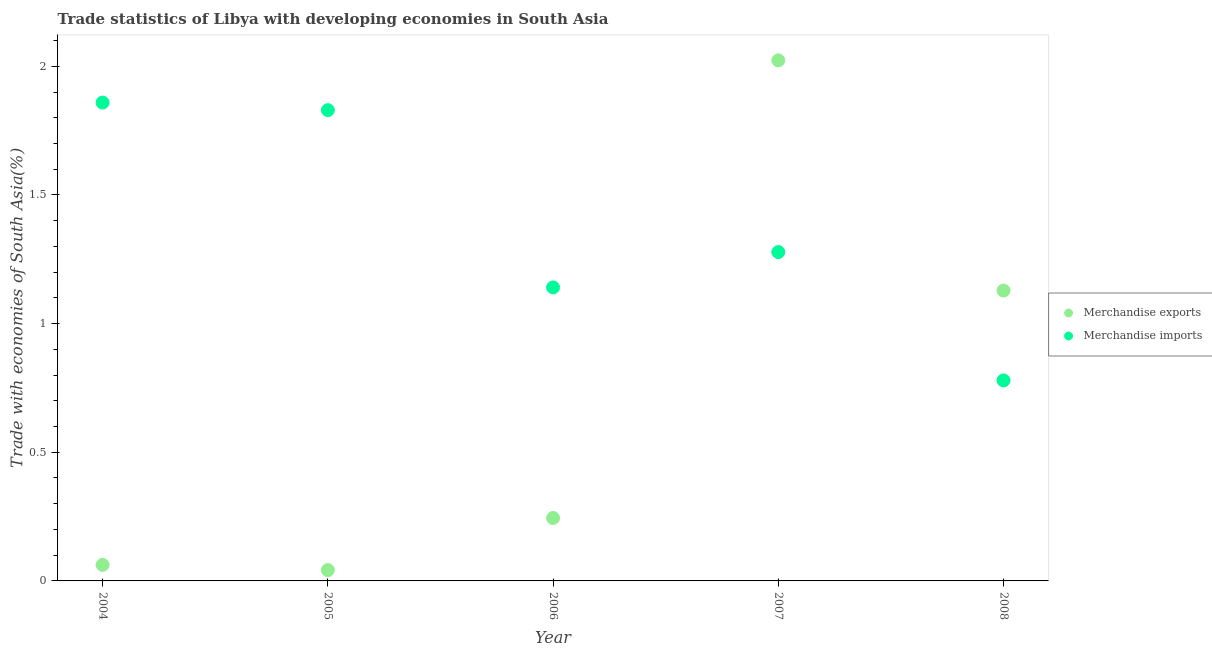
| Year | Merchandise exports | Merchandise imports |
 | --- | --- | --- |
 | 2004 | 0.0623 | 1.86 |
 | 2005 | 0.0422 | 1.83 |
 | 2006 | 0.245 | 1.14 |
 | 2007 | 2.02 | 1.28 |
 | 2008 | 1.13 | 0.779 |